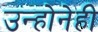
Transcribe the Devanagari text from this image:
उन्होनेही